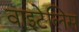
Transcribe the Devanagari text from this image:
वाइटेलिस